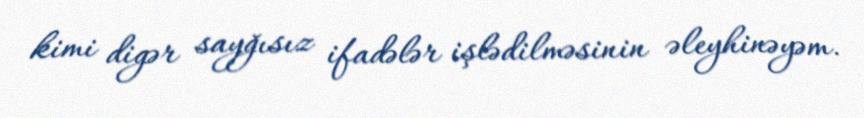
kimi digər sayğısız ifadələr işlədilməsinin əleyhinəyəm.